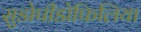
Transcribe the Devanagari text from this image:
सुडोपीडोफिलिया